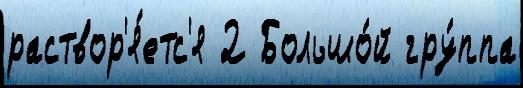
раствор'я́етс'я 2 Большо́й гру́ппа